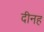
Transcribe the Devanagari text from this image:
दीनह